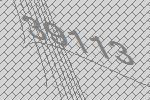
39113